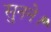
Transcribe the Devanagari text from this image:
सुनने।